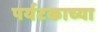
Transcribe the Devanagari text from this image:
पर्यटकाच्या